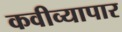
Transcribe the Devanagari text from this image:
कवीव्यापार